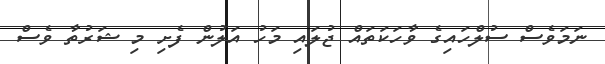
ނަމަވެސް ސުލްހައިގެ ވާހަކަތައް ޖުލައި މަހު އަލުން ފެށި މި ޝަރުތާ ވެސް